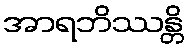
အာရဘိဿန္တိ